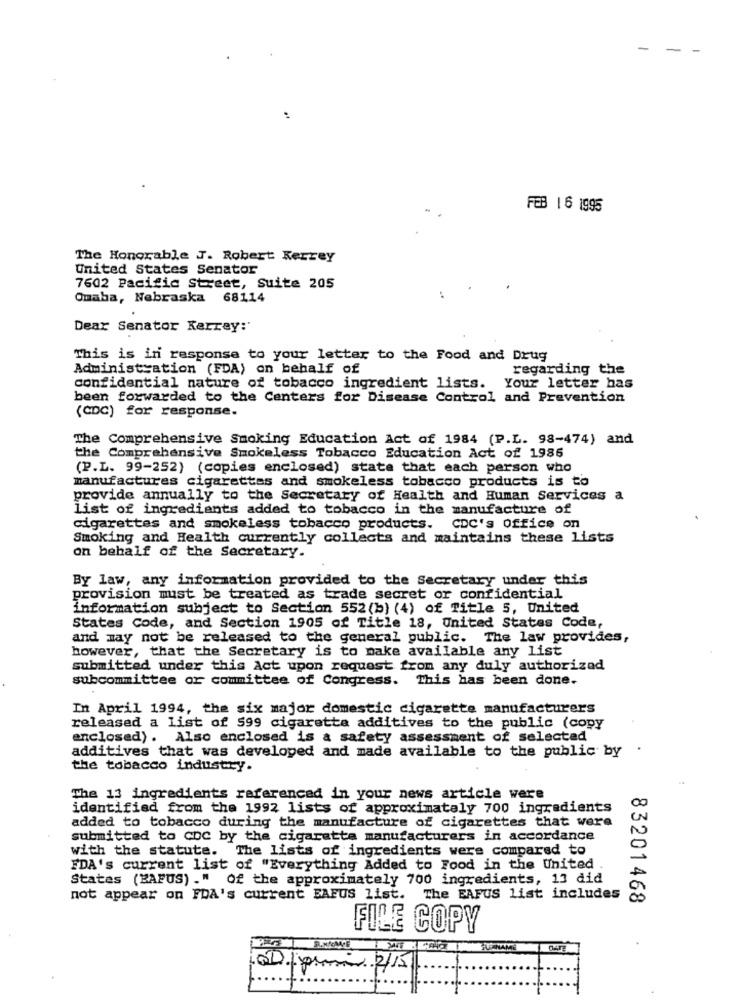
-
- -
FEB 16 1995
The Honorable J. Robert Kerrey
United States Senator
7602 Pacific Street, Suite 205
Omaha, Nebraska 68114
Dear Senator Kerrey:'
This is in response to your letter to the Food and Drug
Administration (FDA) on behalf of
regarding the
confidential nature of tobacco ingredient lists. Your letter has
been forwarded to the Centers for Disease Control and Prevention
(CDC) for response.
The Comprehensive Smoking Education Act of 1984 (P.L. 98-474) and
the Comprehensive Smokeless Tobacco Education Act of 1985
(P.L. 99-252) (copies enclosed) state that each person who
manufactures cigarettes and smokeless tobacco products is to
provide annually to the Secretary of Health and Human Services a
list of ingredients added to tobacco in the manufacture of
cigarettes and smokeless tobacco products. CDC's office on
Smoking and Health currently collects and maintains these lists
on behalf of the Secretary.
By law, any information provided to the Secretary under this
provision must be treated as trade secret or confidential
information subject to Section 552 (b) (4) of Title 5, United
States Code, and Section 1905 of Title 18, United States Code,
and may not be released to the general public. The law provides,
however, that the Secretary is to make available any list
submitted under this Act upon request from any duly authorized
subcommittee or committee of Congress. This has been done.
In April 1994, the six major domestic cigarette manufacturers
released a list of 599 cigarette additives to the public (copy
enclosed) . Also enclosed is a safety assessment of selected
additives that was developed and made available to the public by
the tobacco industry.
The 13 ingredients referenced in your news article were
identified from the 1992 lists of approximately 700 ingredients
added to tobacco during the manufacture of cigarettes that were
submitted to CDC by the cigaretta manufacturers in accordance
with the statute. The lists of ingredients were compared to
FDA's current list of "Everything Added to Food in the United
States (BAFUS) ." Of the approximately 700 ingredients, 13 did
not appear on FDA's current BAFUS list. The EAFUS list includes
83201468
FILE COPY
00 pouri 2/15